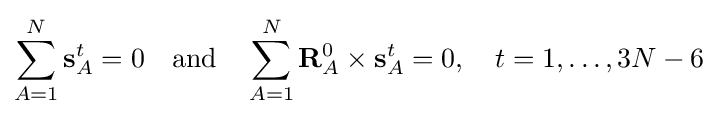
\sum _{A=1}^{N}\mathbf {s} _{A}^{t}=0\quad \mathrm {and} \quad \sum _{A=1}^{N}\mathbf {R} _{A}^{0}\times \mathbf {s} _{A}^{t}=0,\quad t=1,\ldots ,3N-6